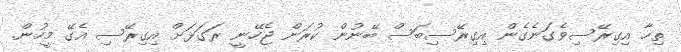
ތިހާ އިގިރޭސިވެގަނެގެން އިގިރޭސިބަސް ބޭނުން ކުރަން ޖެހޭނީ ރަގަޅަށް އިގިރޭސި އެގޭ މީހުން.